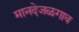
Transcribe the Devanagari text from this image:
मानदेजळगाव